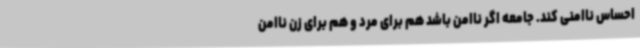
احساس ناامنی کند. جامعه اگر ناامن باشد هم برای مرد و هم برای زن ناامن